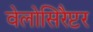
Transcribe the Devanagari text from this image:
वेलोसिरैप्टर